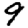
Digit: 9